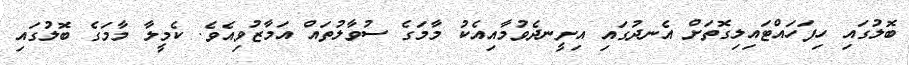
ބޮލުގައި ހިފަހައްޓައިލިގޮތަށް އެނދުގައި އިށީނދެވުމާއިއެކު މާމަގެ ސުވާލުތައް އަމާޒުވިއެވެ. ކެމީލާ މާމަގެ ބޮލުގައި